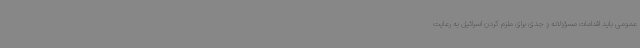
عمومی باید اقدامات مسؤولانه و جدی برای ملزم کردن اسرائیل به رعایت